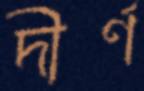
দীর্ণ